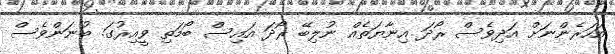
އަހަރެންނަށް އަދިވެސް ރޯދަ އިނާޔަތެއް ނުލިބޭ ރޯދަ އައިސް ބޯމަތި ވީއިރުގަ. ބުނަންވެސް